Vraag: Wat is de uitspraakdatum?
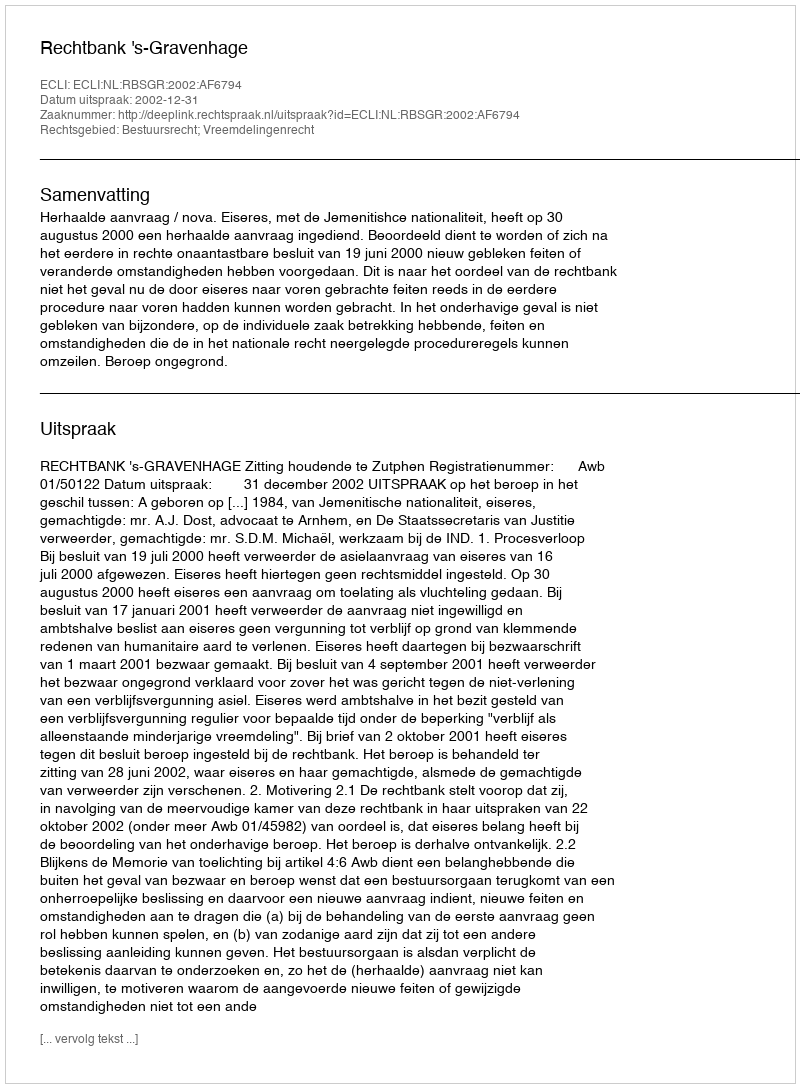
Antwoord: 2002-12-31